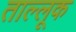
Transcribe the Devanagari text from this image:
ताल्लूक